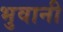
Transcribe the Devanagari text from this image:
भुवानी